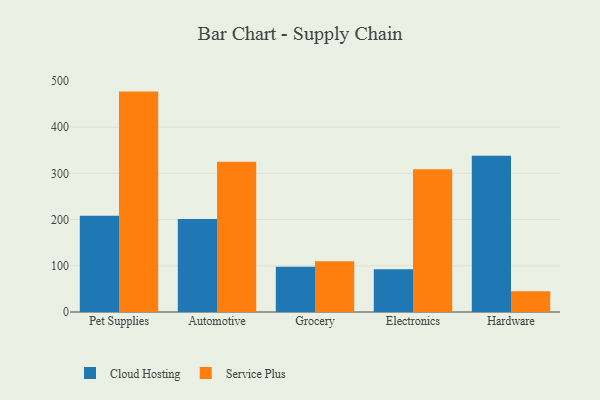
{"axis": {"x": "Category", "y": "Backlog"}, "legend": ["Cloud Hosting", "Service Plus"], "data": [{"x": "Pet Supplies", "y": 208.1, "type": "Cloud Hosting"}, {"x": "Pet Supplies", "y": 477.0, "type": "Service Plus"}, {"x": "Automotive", "y": 201.1, "type": "Cloud Hosting"}, {"x": "Automotive", "y": 325.2, "type": "Service Plus"}, {"x": "Grocery", "y": 98.1, "type": "Cloud Hosting"}, {"x": "Grocery", "y": 109.6, "type": "Service Plus"}, {"x": "Electronics", "y": 92.4, "type": "Cloud Hosting"}, {"x": "Electronics", "y": 309.2, "type": "Service Plus"}, {"x": "Hardware", "y": 337.9, "type": "Cloud Hosting"}, {"x": "Hardware", "y": 44.7, "type": "Service Plus"}]}